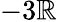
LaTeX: -3\mathbb{R}